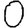
Digit: 0